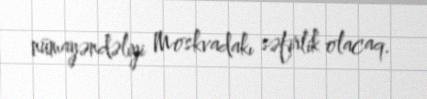
nümayəndəliyi Moskvadakı səfirlik olacaq.